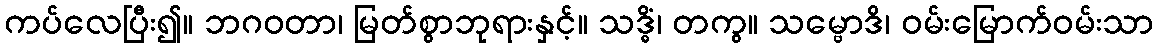
ကပ်လေပြီး၍။ ဘဂဝတာ၊ မြတ်စွာဘုရားနှင့်။ သဒ္ဓိံ၊ တကွ။ သမ္ဗောဒိ၊ ဝမ်းမြောက်ဝမ်းသာ